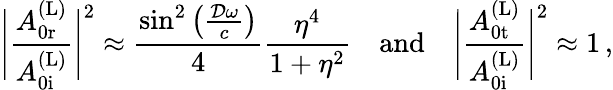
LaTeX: \Bigg|\frac{A_{\mathrm{0r}}^{\mathrm{(L)}}}{A_{\mathrm{0i}}^{\mathrm{(L)}}}\Bigg|^{2}\approx\frac{\sin^{2}\left(\frac{\mathcal{D}\omega}{c}\right)}{4}\frac{\eta^{4}}{1+\eta^{2}}\quad\mathrm{and}\quad\Bigg|\frac{A_{\mathrm{0t}}^{\mathrm{(L)}}}{A_{\mathrm{0i}}^{\mathrm{(L)}}}\Bigg|^{2}\approx 1\, ,